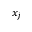
x _ { j }